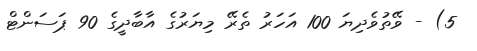
5) - ވޭތުވެދިޔަ 100 އަހަރު ތެރޭ މިޔަރުގެ އާބާދީގެ 90 ޕަސަންޓް